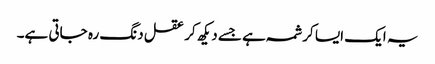
یہ ایک ایسا کرشمہ ہے جسے دیکھ کر عقل دنگ رہ جاتی ہے۔